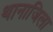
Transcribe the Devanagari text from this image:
थानाजिला